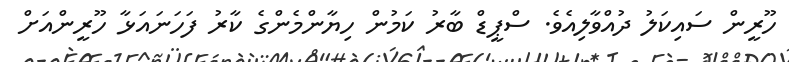
ހޫރީން ސައިކަލު ދުއްވާލިއެވެ. ސްޕީޑް ބާރު ކަމުން ހިޔާންމެންގެ ކާރު ފަހަނައަޅާ ހޫރީންއަށް